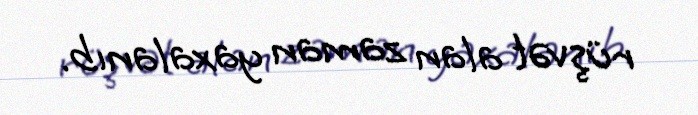
rüşvət alan zaman yaxalanıb.